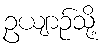
ဥယျာဉ်သို့